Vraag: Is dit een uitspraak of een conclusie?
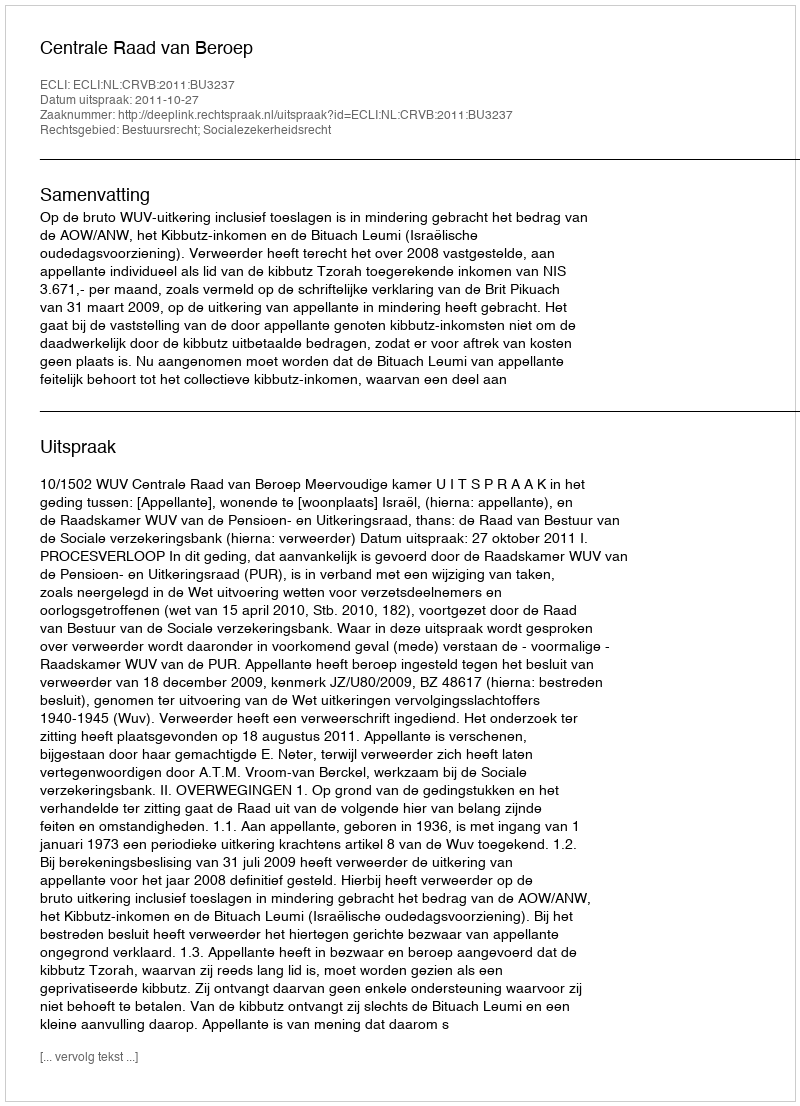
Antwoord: Uitspraak